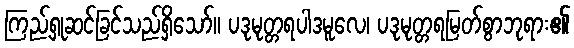
ကြည့်ရှုဆင်ခြင်သည်ရှိသော်။ ပဒုမုတ္တရပါဒမူလေ၊ ပဒုမုတ္တရမြတ်စွာဘုရား၏